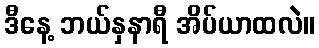
ဒီနေ့ ဘယ်နှနာရီ အိပ်ယာထလဲ။